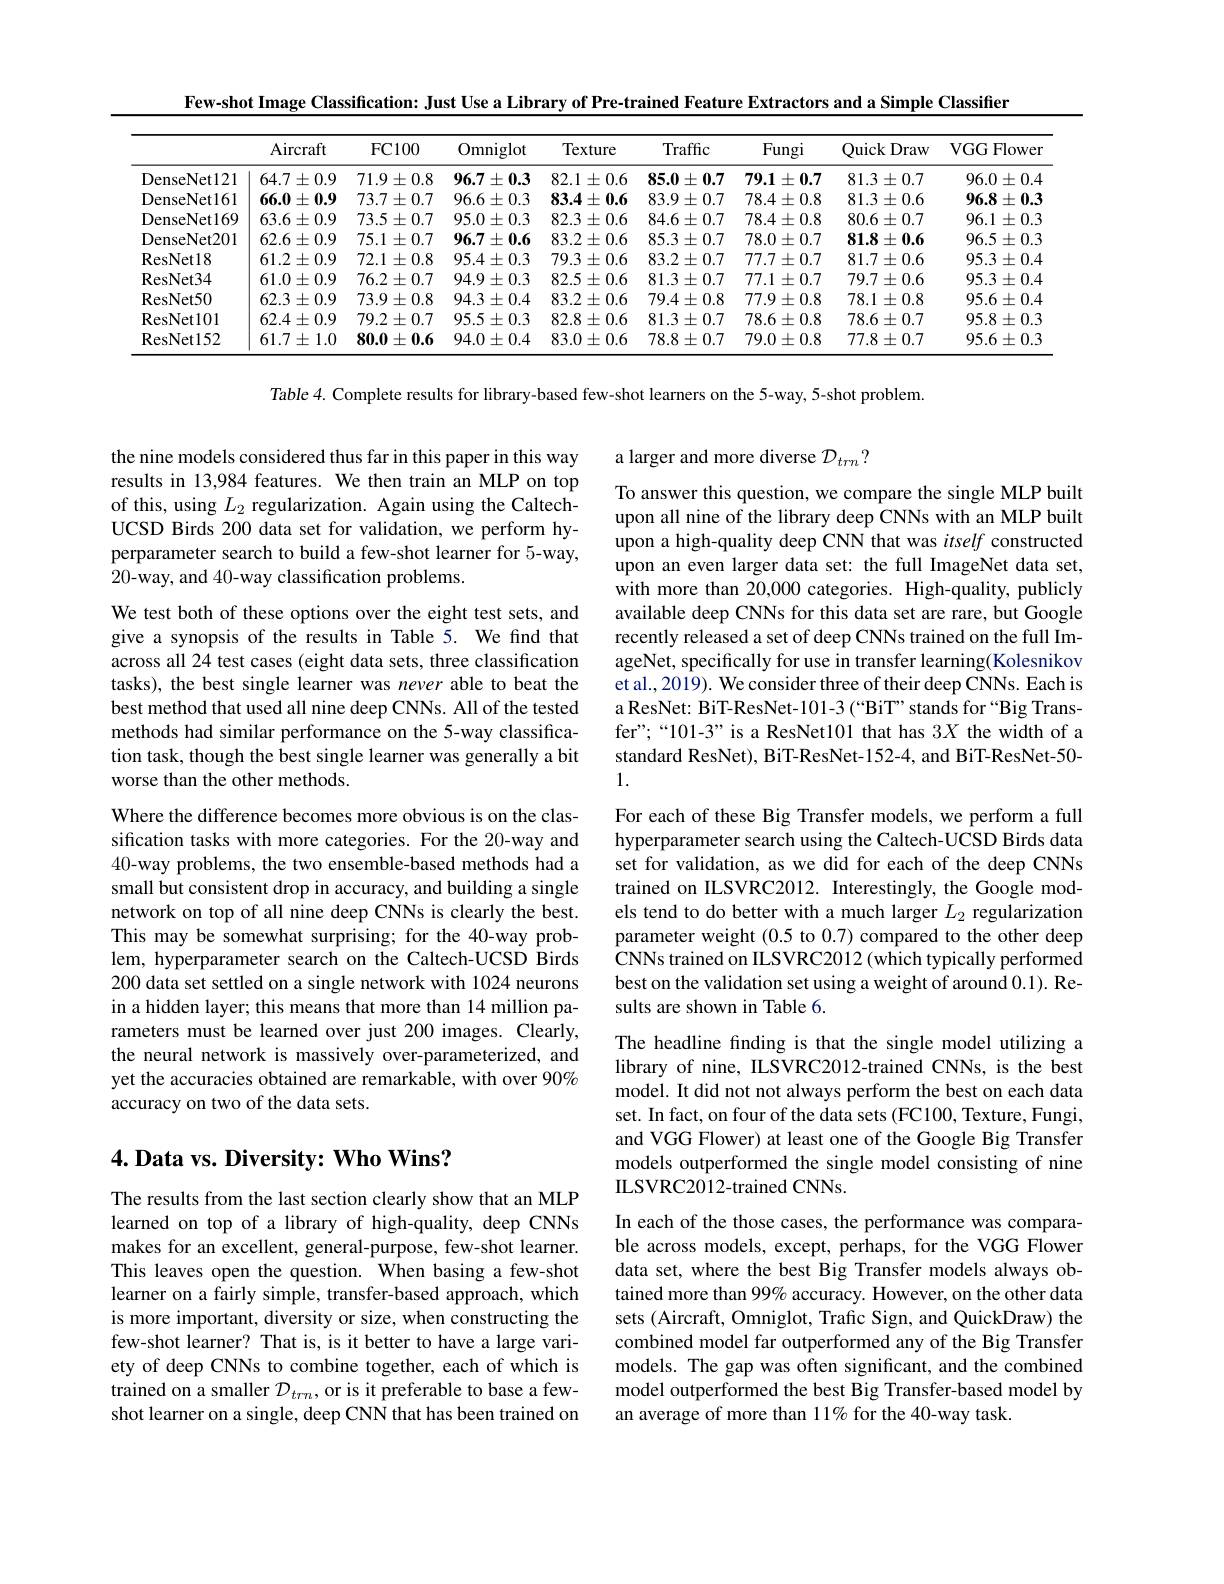
Few-shot Image Classification: Just Use a Library of Pre-trained Feature Extractors and a Simple Classiffer

<table>
	<tbody>
		<tr>
			<th> </th>
			<th>Aircraft</th>
			<th>FC100</th>
			<th>Omniglot</th>
			<th>Texture</th>
			<th>Traffic</th>
			<th>Fungi</th>
			<th>Quick Draw</th>
			<th>VGGFlower</th>
		</tr>
		<tr>
			<td>DenseNet121</td>
			<td>$64.7\pm0.9$</td>
			<td>$71.9\pm0.8$</td>
			<td>$96.7\pm0.3$</td>
			<td>$82.1\pm0.6$</td>
			<td>$85.0\pm0.7$</td>
			<td>$79.1\pm0.7$</td>
			<td>$81.3\pm0.7$</td>
			<td>$96.0\pm0.4$</td>
		</tr>
		<tr>
			<td>DenseNet161</td>
			<td>$$66.0\pm0.9$$</td>
			<td>$73.7\pm0.7$</td>
			<td>$96.6\pm0.3$</td>
			<td>83.4±0.6</td>
			<td>$83.9\pm0.7$</td>
			<td>$$78.4\pm0.8$$</td>
			<td>$81.3\pm0.6$</td>
			<td>$96.8\pm0.3$</td>
		</tr>
		<tr>
			<td>DenseNet169</td>
			<td>$63.6\pm0.9$</td>
			<td>$73.5\pm0.7$</td>
			<td>$95.0\pm0.3$</td>
			<td>$82.3\pm0.6$</td>
			<td>$84.6\pm0.7$</td>
			<td>$78.4\pm0.8$</td>
			<td>$80.6\pm0.7$</td>
			<td>$96.1\pm0.3$</td>
		</tr>
		<tr>
			<td>DenseNet201</td>
			<td>$62.6\pm0.9$</td>
			<td>$75.1\pm0.7$</td>
			<td>$96.7\pm0.6$</td>
			<td>$83.2\pm0.6$</td>
			<td>$85.3\pm0.7$</td>
			<td>$78.0\pm0.7$</td>
			<td>$81.8\pm0.6$</td>
			<td>$96.5\pm0.3$</td>
		</tr>
		<tr>
			<td>ResNet18</td>
			<td>$61.2\pm0.9$</td>
			<td>$72.1\pm0.8$</td>
			<td>$95.4\pm0.3$</td>
			<td>$79.3\pm0.6$</td>
			<td>$83.2\pm0.7$</td>
			<td>$77.7\pm0.7$</td>
			<td>$81.7\pm0.6$</td>
			<td>$95.3\pm0.4$</td>
		</tr>
		<tr>
			<td>ResNet34</td>
			<td>$61.0\pm0.9$</td>
			<td>$76.2\pm0.7$</td>
			<td>$94.9\pm0.3$</td>
			<td>$82.5\pm0.6$</td>
			<td>$81.3\pm0.7$</td>
			<td>$77.1\pm0.7$</td>
			<td>$79.7\pm0.6$</td>
			<td>$95.3\pm0.4$</td>
		</tr>
		<tr>
			<td>ResNet50</td>
			<td>$62.3\pm0.9$</td>
			<td>$73.9\pm0.8$</td>
			<td>$94.3\pm0.4$</td>
			<td>$83.2\pm0.6$</td>
			<td>$$79.4\pm0.8$$</td>
			<td>$77.9\pm0.8$</td>
			<td>$78.1\pm0.8$</td>
			<td>$95.6\pm0.4$</td>
		</tr>
		<tr>
			<td>ResNet101</td>
			<td>$62.4\pm0.9$</td>
			<td>$79.2\pm0.7$</td>
			<td>$95.5\pm0.3$</td>
			<td>$82.8\pm0.6$</td>
			<td>$81.3\pm0.7$</td>
			<td>$78.6\pm0.8$</td>
			<td>$78.6\pm0.7$</td>
			<td>$95.8\pm0.3$</td>
		</tr>
		<tr>
			<td>ResNet152</td>
			<td>$61.7\pm1.0$</td>
			<td>$80.0\pm0.6$</td>
			<td>$94.0\pm0.4$</td>
			<td>$83.0\pm0.6$</td>
			<td>$78.8\pm0.7$</td>
			<td>$79.0\pm0.8$</td>
			<td>$77.8\pm0.7$</td>
			<td>$95.6\pm0.3$</td>
		</tr>
	</tbody>
</table>

Table 4. Complete results for library-based few-shot learners on the 5-way, 5-shot problem.

a larger and more diverse $\mathcal{D}_trn?$

the nine models considered thus far in this paper in this way results in 13,984 features. We then train an MLP on top of this, using $L_2$ regularization. Again using the CaltechUCSD Birds 200 data set for validation, we perform hyperparameter search to build a few-shot learner for 5-way, 20-way, and 40-way classification problems.

To answer this question, we compare the single MLP built upon all nine of the library deep CNNs with an MLP built upon a high-quality deep CNN that was itself constructed upon an even larger data set: the full ImageNet data set, with more than 20,000 categories. High-quality, publicly available deep CNNs for this data set are rare, but Google recently released a set of deep CNNs trained on the full ImageNet, specifically for use in transfer learning(Kolesnikov et al., 2019). We consider three of their deep CNNs. Each is a ResNet: BiT-ResNet-101-3 (“BiT”stands for“Big Transfer";“101-3” is a ResNet101 that has 3X the width of a standard ResNet), BiT-ResNet-152-4, and BiT-ResNet-50- 1.

We test both of these options over the eight test sets, and give a synopsis of the results in Table 5. We find that across all 24 test cases (eight data sets, three classification tasks), the best single learner was never able to beat the best method that used all nine deep CNNs. All of the tested methods had similar performance on the 5-way classification task, though the best single learner was generally a bit worse than the other methods.

For each of these Big Transfer models, we perform a full hyperparameter search using the Caltech-UCSD Birds data set for validation, as we did for each of the deep CNNs trained on ILSVRC2012. Interestingly, the Google models tend to do better with a much larger $L_2$ regularization parameter weight (0.5 to 0.7) compared to the other deep CNNs trained on ILSVRC2012 (which typically performed best on the validation set using a weight of around 0.1). Results are shown in Table 6.

Where the difference becomes more obvious is on the classification tasks with more categories. For the 20-way and 40-way problems, the two ensemble-based methods had a small but consistent drop in accuracy, and building a single network on top of all nine deep CNNs is clearly the best. This may be somewhat surprising; for the 40-way problem, hyperparameter search on the Caltech-UCSD Birds 200 data set settled on a single network with 1024 neurons in a hidden layer; this means that more than 14 million parameters must be learned over just 200 images. Clearly, the neural network is massively over-parameterized, and yet the accuracies obtained are remarkable, with over 90% accuracy on two of the data sets.

The headline fnding is that the single model utilizing a library of nine, ILSVRC2012-trained CNNs, is the best model. It did not not always perform the best on each data set. In fact, on four of the data sets (FC100, Texture, Fungi, and VGG Flower) at least one of the Google Big Transfer models outperformed the single model consisting of nine ILSVRC2012-trained CNNs.

## $4. \textbf{Data vs. Diversity: Who Wins? }$

The results from the last section clearly show that an MLP learned on top of a library of high-quality, deep CNNs makes for an excellent, general-purpose, few-shot learner. This leaves open the question. When basing a few-shot learner on a fairly simple, transfer-based approach, which is more important, diversity or size, when constructing the few-shot learner? That is, is it better to have a large variety of deep CNNs to combine together, each of which is trained on a smaller $\mathcal{D}_trn$, or is it preferable to base a fewshot learner on a single, deep CNN that has been trained on

In each of the those cases, the performance was comparable across models, except, perhaps, for the VGG Flower data set, where the best Big Transfer models always obtained more than 99% accuracy. However, on the other data sets (Aircraft, Omniglot, Trafic Sign, and QuickDraw) the combined model far outperformed any of the Big Transfer models. The gap was often significant, and the combined model outperformed the best Big Transfer-based model by an average of more than 11% for the 40-way task.